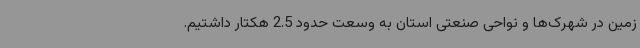
زمین در شهرک‌ها و نواحی صنعتی استان به وسعت حدود 2.5 هکتار داشتیم.